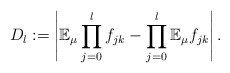
\begin{align*} D_l := \left| \mathbb E_{\mu} \prod_{j=0}^l f_{jk} - \prod_{j=0}^l \mathbb E_{\mu} f_{jk} \right|.\end{align*}